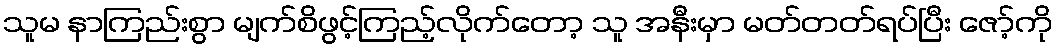
သူမ နာကြည်းစွာ မျက်စိဖွင့်ကြည့်လိုက်တော့ သူ အနီးမှာ မတ်တတ်ရပ်ပြီး ဇော့်ကို